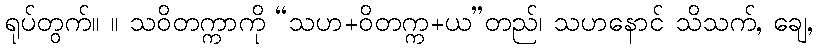
ရုပ်တွက်။ ။ သဝိတက္ကာကို “သဟ+ဝိတက္က+ယ”တည်၊ သဟနောင် သိသက်, ချေ,